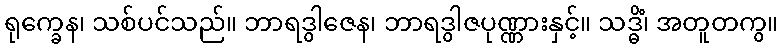
ရုက္ခေန၊ သစ်ပင်သည်။ ဘာရဒွါဇေန၊ ဘာရဒွါဇပုဏ္ဏားနှင့်။ သဒ္ဓိံ၊ အတူတကွ။